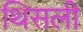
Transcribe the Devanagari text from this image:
थिसली